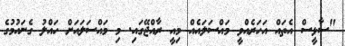
"ސާޅީސް އެތައް އަހަރެއްވީ މައްސަލައެއް މިއީ ރާއްޖޭގައި. މި މައްސަލައަށް ހައްލު ގެނައުމުގެ